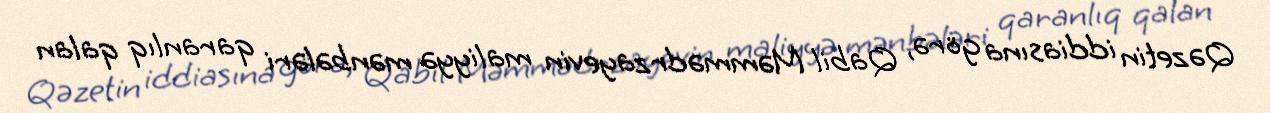
Qəzetin iddiasına görə, Qabil Məmmədrzayevin maliyyə mənbələri qaranlıq qalan